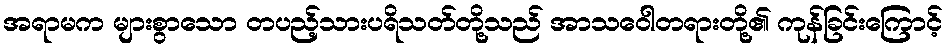
အရာမက များစွာသော တပည့်သားပရိသတ်တို့သည် အာသဝေါတရားတို့၏ ကုန်ခြင်းကြောင့်